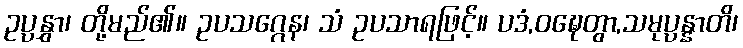
ဥပ္ပနွှာ၊ တို့မည်၏။ ဥပသဂ္ဂေန၊ သံ ဥပသာရဖြင့်။ ပဒံ,ဝဍ္ဎေတွာ,သမုပ္ပန္နာတိ၊